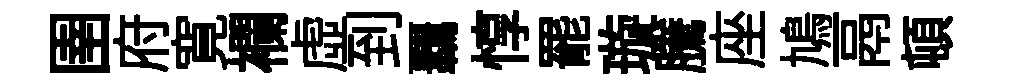
圉府寛襴虚到覊惇罷璇騰座鳩鬲頓